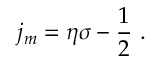
j _ { m } = \eta \sigma - \frac { 1 } { 2 } \ .